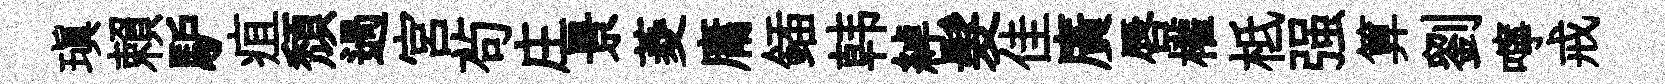
瑱賴馿疽頽過宮茍庄景菱庸鍤韩綽髮佳廣唇權柢强算劉嚀戒